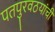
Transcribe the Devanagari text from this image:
पतपुरवठयांची